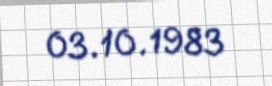
03.10.1983